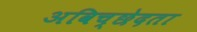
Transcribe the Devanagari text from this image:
अविच्छेदता